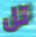
تل